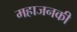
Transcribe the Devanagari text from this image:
महाजनकी